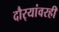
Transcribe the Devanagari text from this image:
दौर्‍यांवरही